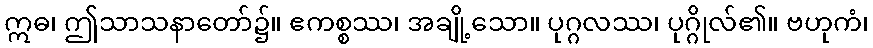
ဣဓ၊ ဤသာသနာတော်၌။ ဧကစ္စဿ၊ အချို့သော။ ပုဂ္ဂလဿ၊ ပုဂ္ဂိုလ်၏။ ဗဟုကံ၊